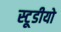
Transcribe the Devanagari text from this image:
स्टूडीयो